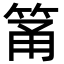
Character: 筩